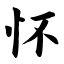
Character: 怀